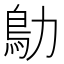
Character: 鳨